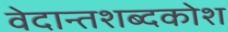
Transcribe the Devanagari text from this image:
वेदान्तशब्दकोश